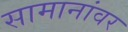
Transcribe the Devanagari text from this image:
सामानांवर